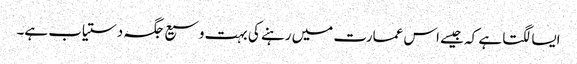
ایسا لگتا ہے کہ جیسے اس عمارت میں رہنے کی بہت وسیع جگہ دستیاب ہے۔